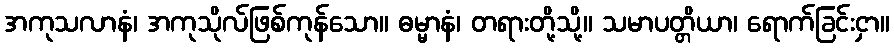
အကုသလာနံ၊ အကုသိုလ်ဖြစ်ကုန်သော။ ဓမ္မာနံ၊ တရားတို့သို့။ သမာပတ္တိယာ၊ ရောက်ခြင်းငှာ။